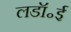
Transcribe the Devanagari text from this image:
लडॉ॰ई